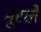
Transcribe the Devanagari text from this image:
मूरले